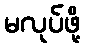
မလုပ်ဖို့